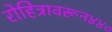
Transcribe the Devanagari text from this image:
रोहित्रावरून४४०